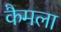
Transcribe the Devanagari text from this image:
कैमला